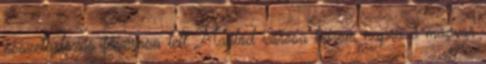
összetartozás fővárosa lett Maglód városa három napra a magyar